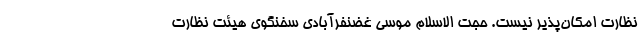
نظارت امکان‌پذیر نیست. حجت الاسلام موسی غضنفرآبادی سخنگوی هیئت نظارت